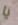
يا